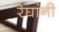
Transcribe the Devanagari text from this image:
रेघांनी